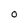
Character: O